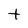
Character: t